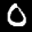
Label: 0